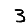
Digit: 3